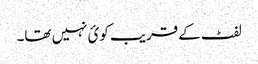
لفٹ کےقریب کوئ نہیں تھا۔